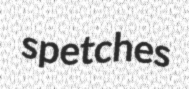
spetches